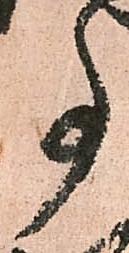
事